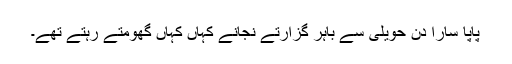
پاپا سارا دن حویلی سے باہر گزارتے نجانے کہاں کہاں گھومتے رہتے تھے۔